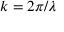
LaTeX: k = 2 \pi / \lambda